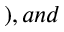
) , a n d